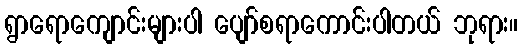
ရွာရောကျောင်းများပါ ပျော်စရာကောင်းပါတယ် ဘုရား။